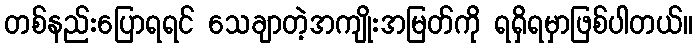
တစ်နည်းပြောရရင် သေချာတဲ့အကျိုးအမြတ်ကို ရရှိရမှာဖြစ်ပါတယ်။